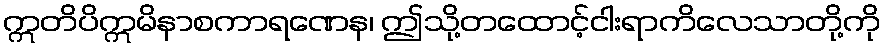
ဣတိပိဣမိနာစကာရဏေန၊ ဤသို့တထောင့်ငါးရာကိလေသာတို့ကို